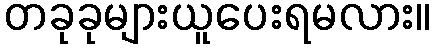
တခုခုများယူပေးရမလား။